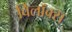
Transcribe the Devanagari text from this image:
विलॉक्स